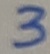
Text: 3